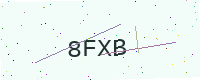
Text: 8FXB